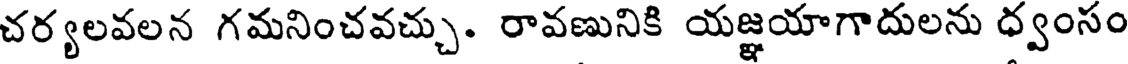
చర్యలవలన గమనించవచ్చు. రావణునికి యజ్ఞయాగాదులను ధ్వంసం